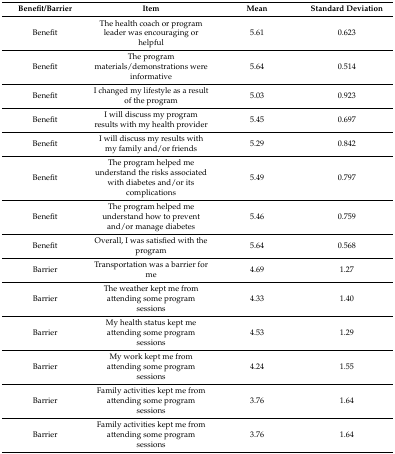
| Benefit/Barrier | Item | Mean | Standard Deviation |
 | --- | --- | --- | --- |
 | Benefit | The health coach or program leader was encouraging or helpful | 5.61 | 0.623 |
 | Benefit | The program materials/demonstrations were informative | 5.64 | 0.514 |
 | Benefit | I changed my lifestyle as a result of the program | 5.03 | 0.923 |
 | Benefit | I will discuss my program results with my health provider | 5.45 | 0.697 |
 | Benefit | I will discuss my results with my family and/or friends | 5.29 | 0.842 |
 | Benefit | The program helped me understand the risks associated with diabetes and/or its complications | 5.49 | 0.797 |
 | Benefit | The program helped me understand how to prevent and/or manage diabetes | 5.46 | 0.759 |
 | Benefit | Overall, I was satisfied with the program | 5.64 | 0.568 |
 | Barrier | Transportation was a barrier for me | 4.69 | 1.27 |
 | Barrier | The weather kept me from attending some program sessions | 4.33 | 1.40 |
 | Barrier | My health status kept me attending some program sessions | 4.53 | 1.29 |
 | Barrier | My work kept me from attending some program sessions | 4.24 | 1.55 |
 | Barrier | Family activities kept me from attending some program sessions | 3.76 | 1.64 |
 | Barrier | Family activities kept me from attending some program sessions | 3.76 | 1.64 |